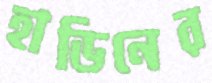
হাডিনের